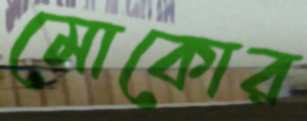
মোকোর